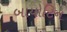
બાયોટિન